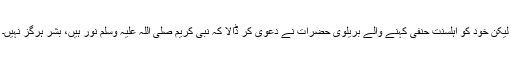
لیکن خود کو اہلسنت حنفی کہنے والے بریلوی حضرات نے دعوی کر ڈالا کہ نبی کریم صلی اللہ علیہ وسلم نور ہیں، بشر ہرگز نہیں۔